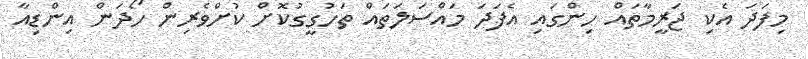
މިފަދަ އެކި ޖަރީމާތައް ހިންގައި އެފަދަ މައްސަލަތައް ތަހުގީގުކޮށް ކުށްވެރިން ހޯދަން އިންޑިއާ